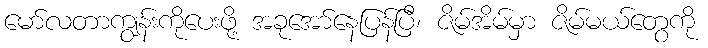
မော်လတာကျွန်းကိုပေးဖို့ အခုအော်နေပြန်ပြီ၊ ဇိမ်အိမ်မှာ ဇိမ်မယ်တွေကို